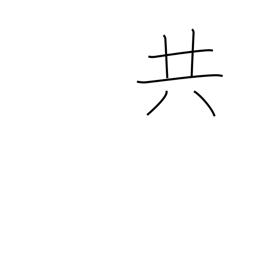
Meaning: all